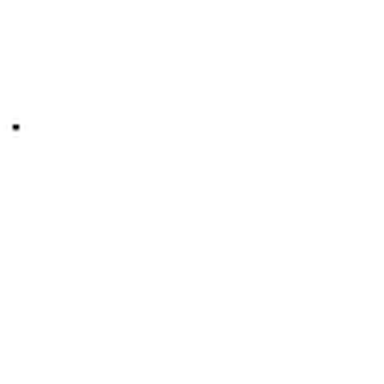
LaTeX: .